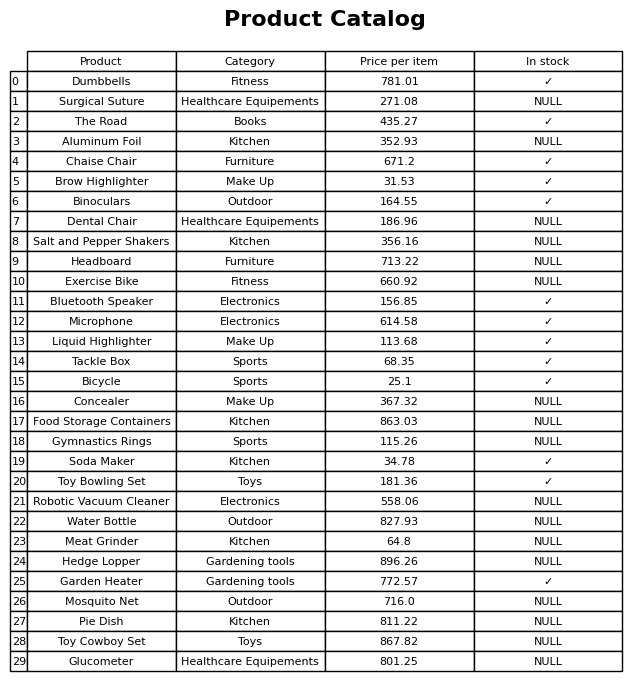
question: Which products are available in stock?
answer: Dumbbells, The Road, Chaise Chair, Brow Highlighter, Binoculars, Bluetooth Speaker, Microphone, Liquid Highlighter, Tackle Box, Bicycle, Soda Maker, Toy Bowling Set, Garden Heater